Report on the administration of the Government Cinchona Department 1892-98
Year: 1892
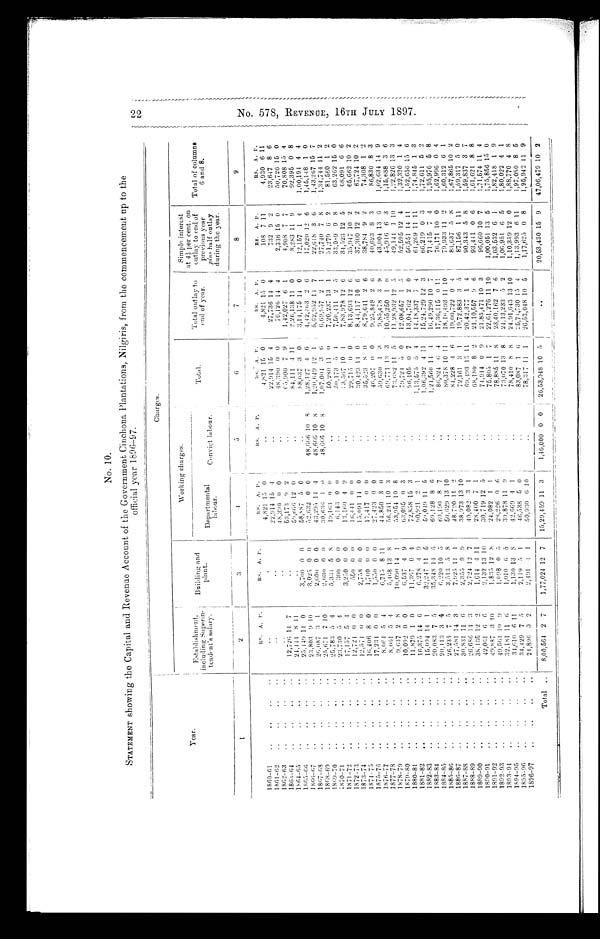
22. No. 578, REVENUE, 16TH JULY 1897.
No. 10.
STATEMENT showing the Capital and Revenue Account of the Government Cinchona, Plantations, Nilgiris, from the commencement up to the
official year l896—97.
Charges.
Year
Establishment,
including Superin.
tendent's salary.
Building and
plant.
Working charges.
T o t a l ,
Total outlay to
end of year.
Simple interest
at 4 1/2 per cent. on
outlay to end of
previous year
plus half outlay
during the year.
Total of columns
6 and 8.
Departmental
labour.
Convict labour.
2
3
4
5
6
7
8
9
RS. A. P.
RS.
A. P.
RS.
A. P. RS.
A. P. RS. A. P.
RS.
A. P.
RS. A. P.
RS. A. P.
1860.61
. ..
..
. .
. .
.
4,821 I. 0
..
4,821 15 0 .
4,821 15 0
108 7 11
4,930 6 11
1861.62
..
..
..
. .
..
. .
22,914 15 .1
..
22,914 15 4
27,736 14 4
732 9 2
23,647 8 6
1862.63
..
. .
..
..
48,390 0 0
..
48,390 0 0
76,126 14
I
2,336 15 0
50,726 15 0
1863.64
..
..
..
.,
. .
12,726 11 7
..
63,173 9 2 ,
..
65,900 7 9
1,42,027 6 1
4,908 7 7
70,808 15 4
1864.65
24,444 8 11
..
59,666 12 0 . ..
84,111 4 11
2,26,138 11 0
8,283 11 9
92,395 0 8
1865.66
..
..
..
..
.
.
. .
.
25449 14 0
3,700 0 0
58,887 5 0
..
88,037 3 0
314,175 14 0
12157 1 4
1,00191 4 4
1866.67
23,803 9 10
3,025 0 0
52,632 0 0
48,666 10 8
1,28,127 4 6
4,42,363 2 6
17,020 12 6
1,45,148 1 0
1867.68
.
.
..
.
..
.
. .
. .
26,087 3 1
2,600 0 0
43,295 14 4
48,666 10 8
1,20,649 12 1
5,62,952 14 7
22,618 3 6
1,43,267 15 7
1868.69
..
. .
25,671 7 10
2,030 0 0
30,636 1 0
48,666 10 8
1,07,004 3 6
6,69,957 2 1
27,740 7 8
1,34,744 11 2
1869.70
. .
.
..
.
25,783 5 4
5,334 5 8
19,163 0 0
. .
50,280 11 0
7,20,237 13 1
31,279 6 2
81,560 1 2
1870.71
..
..
..
..
..
..
23,730 5 4
300 0 0
6,143 0 0
. .
30,173 5 4
7,50,411 2 5
33,089 9 8
63,262 15 0
1871.72
..
..
.
. .
17,157 5 4
3,250 0 0
13,160 4 9
. .
33,567 10 1
7,83,978 12 6
34,523 12 5
68,091 6 6
1872.73
..
..
. .
. .
12,724 0 0
550 0 0
16,441 0 0
. .
29,715 0 0
8,13,693 12 6
35,947 10 2
65,662 10 2
1873.74
..
.
. .
12,574 0 0
2,758 0 0
15,091 14 0
. .
30,423 14 0
8,44,117 10 6
37,300 12 2
67,724 10 2
1874.75
.
. .
16,406 8 0
1,700 0 0
17,417 0 0
. .
35,523 8 0
8,79,641 2 6 38,784 9 2
74:308 1 2
1875.76
..
..
.
..
..
. .
17,234 0 0
1,550 0 0
27,423 0 0
. .
46,207 0 0
9,25,848 2 6
40,623 8 3
86,830 8 3
1876.77
.
. .
.
. .
8,064 5 4
6,715 8 11
44,850 3 0
..
59,630 1 3
9,85,478 3 9
43,004 13 6
1,02,634 14 9
1877.78
. .
8,061 5 4
5,468 13 8
56,241 10 3
..
69,771 13 3
10,55,250 1 0
45,916 6 3
1,15,688 3 6
1878.79
..
.
. .
. .
.
..
. .
9,637 2 8
10,090 14 1
53,954 10 8
. .
73,682 11 5
11,28,932 12 5
49,144 1 10
1,22,826 13 3
1879.80
..
..
..
.
10,092 0 0
6,537 4 9
63,095 0 3
. .
79,724 5 0
12,08,657 1 5
52,595 12 4
1,32,320 1 4
1880.81
..
..
..
.
11,879 1 0
11,367 0 4
72,858 15 3
. '
96,105 0 7
1304,762 2 0
56551 14 11
1,52,656 15 6
1881.82
..
..
.,
. .
16,375 14 6
6,278 4 9
90,921 2 1
. .
1,13,575 5 4
14,18,337 7 4
61,269 11 11
1,74,845 1 3
1882.83
..
.
..
. .
15,094 14 1
32,247 11 5
59,019 11 5
..
1,06,392 4 11
15,24,729 12 3
66,219 0 3
1,72,611 5 2
1883.84
..
..
..
..
20,083 7 5
35,348 14 5
69,128 8 6 ,
. .
1,24,560 14 4
16,49,290 10 7
71,415 7 4
1,95,976 5 8
1884.85
..
, ,
..
..
20,413 3 4
6,220 10 5
60,190 8 7
. .
86,824 6 4
17,36,115 0 11
76,171 10 0
1,62,996 0 4
1885.86
..
..
..
..
26,235 7 5
3,513 5 8
50,629 13 10 .
.
80,378 10 11
18,16.493 11 10
79,933 11 2
1,60,312 6 1
1886.87
..
..
..
..
27,581 14 3
7,925 11 1
48.720 11 2 .
.
84,228 4 6
19,00,722 0 4
83,637 5 8
1,67,865 10 2
1887.88
..
..
..
..
30.831 11 6
2,355 9 9
38,973 13 10
. .
72,161 3 1
19,72,883 3 5
87,156 1 11
1,59,317 5 0
1888.89
..
..
..
..
26,686 14 3
2,724 12 7
40,082 3 1 ,
. .
69,493 13 11
20,42,377 1 4
90,343 5 8
1,59,837 3 7
1889.90
38,105 12 2
1,614 4 11
28,460 7 1
..
68,180 8 2
21,10,557 9 6
93,441 0 6
1,61,621 8 8
1890.91
..
..
..
..
42,061 6 6
2,132 13 10
30,719 12 5
. '
74,914 0 9
21,85,471 10 3
96,660 10 7
1,71,574 11 4
1891.92
.,
..
..
..
49,887 3 10
1,835 12 8
24,082 1 1
..
75,805 1 7
22,61,276 11 10
1,00,051 13 5
1,75,856 15 0
1892.93
..
..
..
.. 49,561 10 9
1,098 0 5
28,226 0 6
.
78,885 11 8
23,40,162 7 6
1,03,532 6 1
1,82,418 1 9
1893.94
..
..
.. 32,181 11 6
1,010 6 5
39,878 11 9
73,070 13 8
24,13,233 5 2
1,06,951 6 5
1,80,022 4 1
1894.95
, ,
.
34,610 6 11
1,130 13 8
42,669 4 1
78,410 8 8
24,91,643 13 10
1,10,359 12 0
1,88,770 4 8
1895.96
..
..
..
,,
34,429 7 5
2,119 5 1
46,538 5 0
83,087 1 6
25,74,730 15 4
1,13,993 6 11
1,97,080 8 5
1896.97
..
..
.
.
24,896 0 2
2,491 4 1
50,930 6 10
78,317 11 1
26,53,048 10 5
1,17,625 0 8
1,95,942 11 9
Total ..
8,00,564 2 7
1,77,024 12 7
15,29,459 11 3
1,46,000 0 0
26,53,048 10 5
..
20,53,430 15 9
47,06,479 10 2